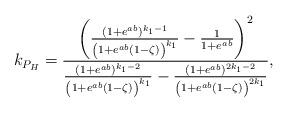
LaTeX: \begin{align*} k_{P_H} = \frac{\left( \frac{(1+e^{ab})^{k_1-1}}{\left(1+e^{ab}\left(1-\zeta\right)\right)^{k_1}}-\frac{1}{1+e^{ab}}\right)^2}{\frac{(1+e^{ab})^{k_1-2}}{\left(1+e^{ab}\left(1-\zeta\right)\right)^{k_1}}-\frac{(1+e^{ab})^{2k_1-2}}{\left(1+e^{ab}\left(1-\zeta\right)\right)^{2k_1}}},\end{align*}